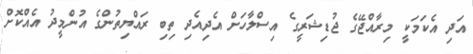
އަދި އެކަމަކީ މިރާއްޖޭގެ ޖުޑިޝަރީގެ އިސްލާހަށް އެދިއެދި ތިބި ރައްޔިތުންގެ އުންމީދު އެއްކޮށް